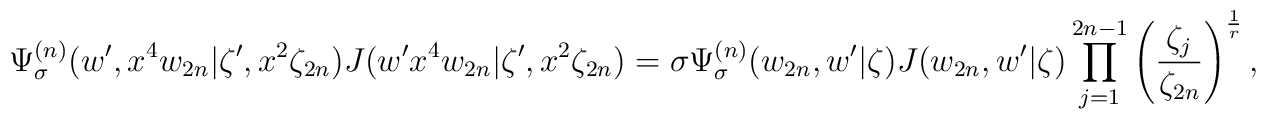
\Psi^{(n)}_\sigma (w', x^4 w_{2n}|\zeta', x^2 \zeta_{2n})J(w'x^4 w_{2n}|\zeta',x^2\zeta_{2n})=\sigma \Psi^{(n)}_\sigma (w_{2n}, w'|\zeta ) J(w_{2n}, w'|\zeta )\prod_{j=1}^{2n-1} \left( \frac{\zeta_j}{\zeta_{2n}} \right)^{\frac{1}{r}},